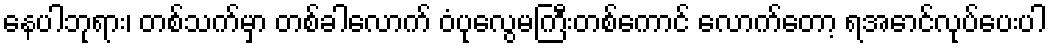
နေပါဘုရား၊ တစ်သက်မှာ တစ်ခါလောက် ဝံပုလွေမကြီးတစ်ကောင် လောက်တော့ ရအောင်လုပ်ပေးပါ